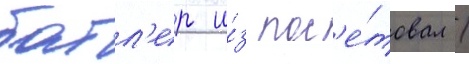
батл'ер и́з пос'е́товал /